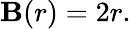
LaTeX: \mathbf{B}(r)=2r.